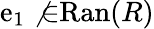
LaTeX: \mathrm{e}_{1}\not{\in}\mathrm{{Ran}}(R)